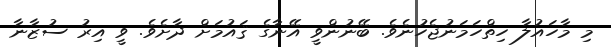
މި މާހައުލާ ހިތްހަމަނުޖެހުނެވެ. ބޭނުންވީ އޭނާގެ ޤައުމަށް ދާށެވެ. ވީ އިރު ސުޒާނާ